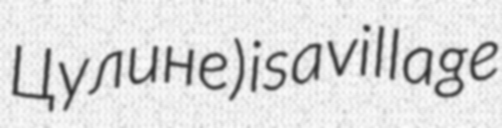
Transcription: Цулине) is a village